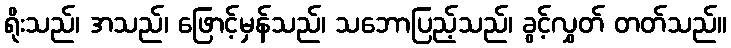
ရိုးသည်၊ အသည်၊ ဖြောင့်မှန်သည်၊ သဘောပြည့်သည်၊ ခွင့်လွှတ် တတ်သည်။